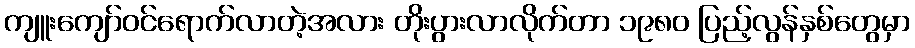
ကျူးကျော်ဝင်ရောက်လာတဲ့အလား တိုးပွားလာလိုက်တာ ၁၉၈၀ ပြည့်လွန်နှစ်တွေမှာ